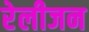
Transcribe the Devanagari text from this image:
रेलीजन